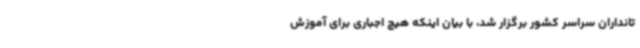
تانداران سراسر کشور برگزار شد، با بیان اینکه هیچ اجباری برای آموزش